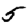
Digit: 5